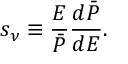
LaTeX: s _ { \nu } \equiv \frac { E } { \bar { P } } \frac { d \bar { P } } { d E } .